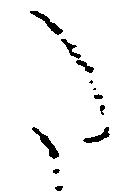
た